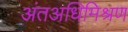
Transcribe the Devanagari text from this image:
अंतअधिमिश्रण